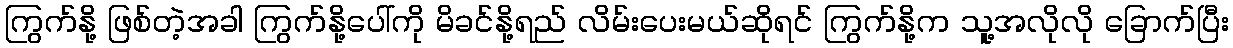
ကြွက်နို့ ဖြစ်တဲ့အခါ ကြွက်နို့ပေါ်ကို မိခင်နို့ရည် လိမ်းပေးမယ်ဆိုရင် ကြွက်နို့က သူ့အလိုလို ခြောက်ပြီး